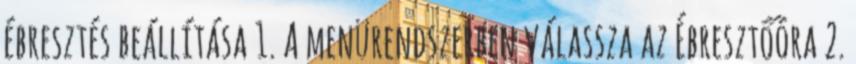
ébresztés beállítása 1. A menürendszerben válassza az Ébresztőóra 2.